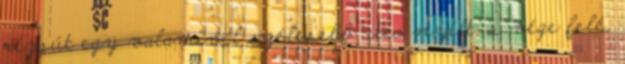
rézsút egy valamivel szélesebb utca nyílt, s vége felé,